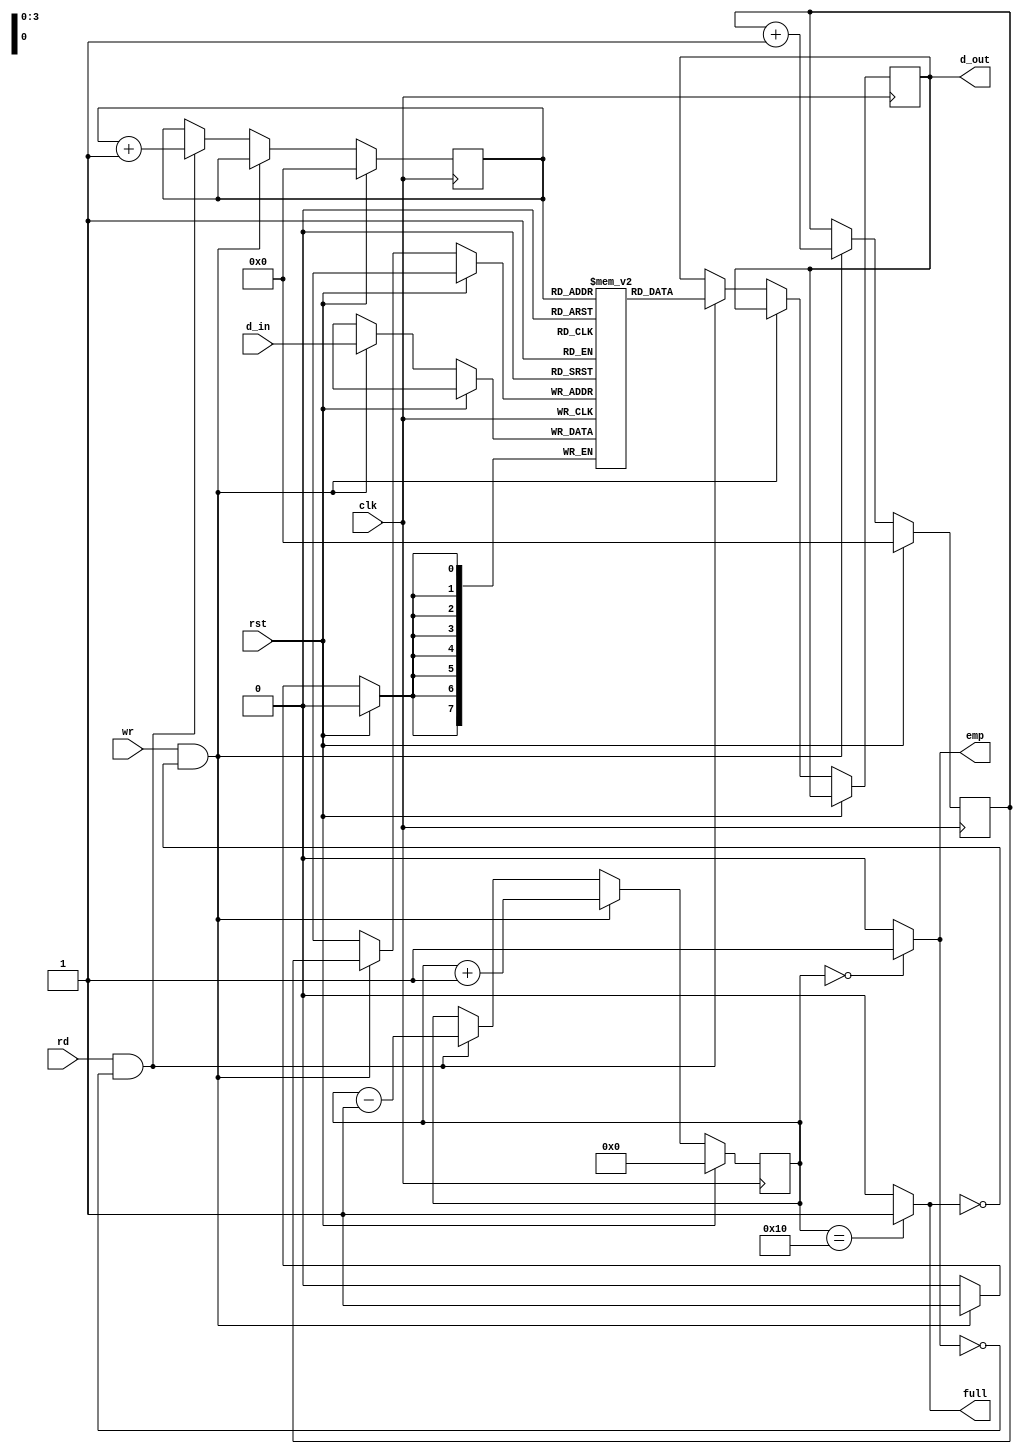
module sync_fifo(clk,rst,rd,wr,d_in,d_out,full,emp);
input clk,rst,rd,wr;
input [7:0] d_in;
output full,emp;
output reg [7:0] d_out;

reg [7:0] mem [15:0];
reg [3:0] wr_pr;
reg [3:0] r_pr;
reg [4:0] counter;

always@(posedge clk)
begin
    if(rst) 
	begin
	wr_pr<=0;
	r_pr<=0;
	counter<=0;
	end

    else
	begin

	if(wr&&!full)
	  begin
	  mem[wr_pr]<=d_in;
	  wr_pr<=wr_pr+1;
	  counter<=counter+1;
	  end
	else if(rd&&!emp)
	  begin
	  d_out<=mem[r_pr];
	  r_pr<=r_pr+1;
	  counter<=counter-1;
	  end

	end
end

assign full=(counter==16)?(1'b1):(1'b0);
assign emp=(counter==0)?(1'b1):(1'b0);

	
endmodule